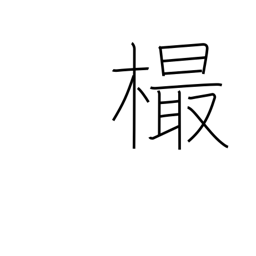
Meaning: knot in wood